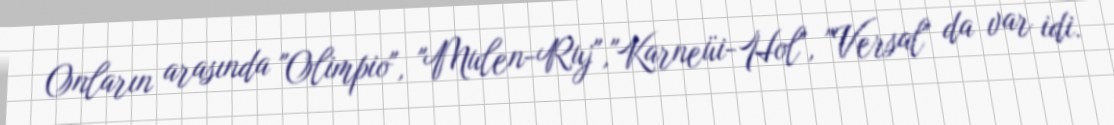
Onların arasında "Olimpio", "Mulen-Ruj","Karneüi-Hol", "Versal" da var idi.